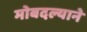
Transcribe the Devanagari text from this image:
मोबदल्याने